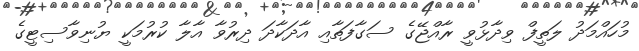
މުހައްމަދު ލަތީފް ވިދާޅުވީ ރާއްޖޭގެ ސަގާފަތާއި އާދަކާދަ ދިރުވާ އާލާ ކުރުމަކީ ޔުނިވާސިޓީގެ